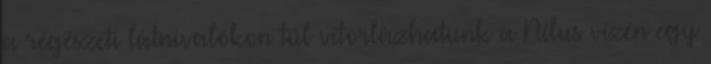
a régészeti látnivalókon túl vitorlázhatunk a Nílus vízén egy